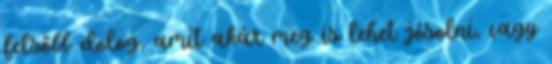
felsőbb dolog, amit akár meg is lehet jósolni, vagy